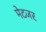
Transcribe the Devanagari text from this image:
मेटजर